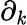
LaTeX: \partial_{\mathit{k}}